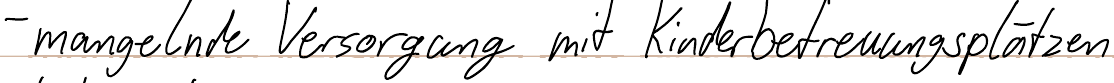
- mangelnde Versorgung mit Kinderbetreuungsplätzen